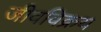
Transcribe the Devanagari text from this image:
जीवविक्रय